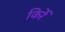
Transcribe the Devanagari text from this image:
किर्रे